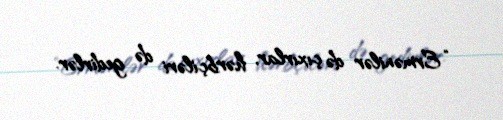
“Ermənilər də çıxırlar, hərbçiləri də gedirlər.